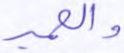
والحمير